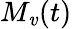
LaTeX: M_{\mathit{v}}(t)